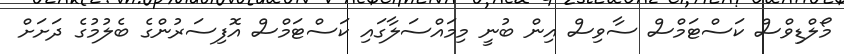
މޯލްޑިވްސް ކަސްޓަމްސް ސާވިސް އިން ބުނީ މިމައްސަލާގައި ކަސްޓަމްސް އޮފިސަރުންގެ ބެލުމުގެ ދަށަށް